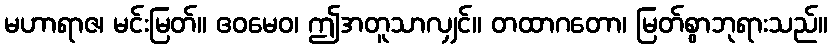
မဟာရာဇ၊ မင်းမြတ်။ ဧဝမေဝ၊ ဤအတူသာလျှင်။ တထာဂတော၊ မြတ်စွာဘုရားသည်။